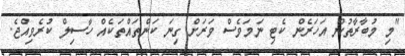
"މި މުބާރާތުން އަހަރެން ކެޓި ނަމަވެސް ވަރަށް ގިނަ ކަންތައްތަކެއް ހާސިލް ކުރެވިއްޖެ.